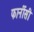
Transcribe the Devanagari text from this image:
फार्नीसी